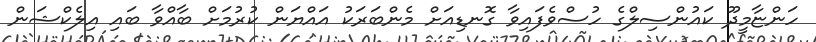
ހަންޏާމީދޫ ކައުންސިލްގެ ހުސްވެފައިވާ ގޮނޑިއަށް މެންބަރަކު އައްޔަން ކުރުމަށް ބާއްވާ ބައި އިލެކްޝަން